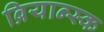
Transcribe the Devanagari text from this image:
ब्रियान्स्क